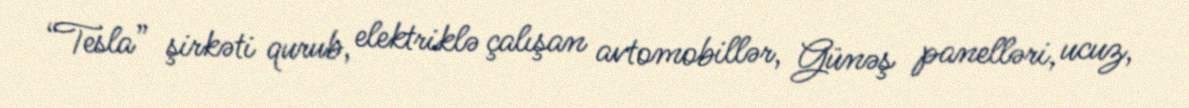
“Tesla” şirkəti qurub, elektriklə çalışan avtomobillər, Günəş panelləri, ucuz,